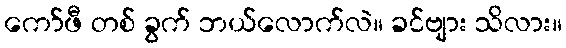
ကော်ဖီ တစ် ခွက် ဘယ်လောက်လဲ။ ခင်ဗျား သိလား။